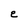
Character: e